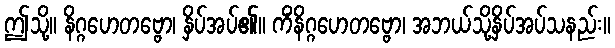
ဤသို့။ နိဂ္ဂဟေတဗ္ဗော၊ နှိပ်အပ်၏။ ကိံနိဂ္ဂဟေတဗ္ဗော၊ အဘယ်သို့နှိပ်အပ်သနည်း။